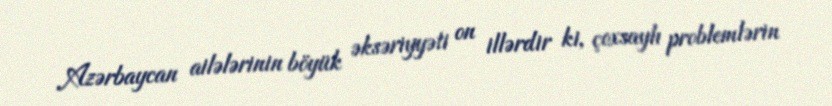
Azərbaycan ailələrinin böyük əksəriyyəti on illərdir ki, çoxsaylı problemlərin